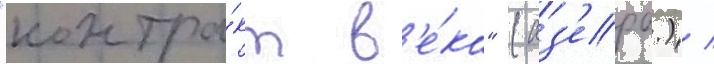
"контра́кт в'е́ка" (аз'ерб.) /